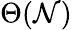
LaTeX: \Theta(\mathcal{N})